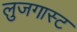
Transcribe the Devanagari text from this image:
लुजगास्ट